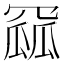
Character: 𮊏